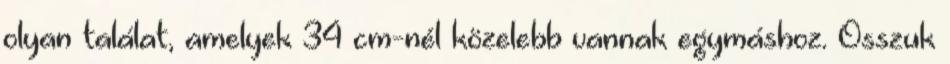
olyan találat, amelyek 34 cm-nél közelebb vannak egymáshoz. Osszuk